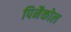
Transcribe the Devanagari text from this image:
पिनैकोल